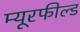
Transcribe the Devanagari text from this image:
म्यूरफील्ड